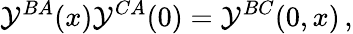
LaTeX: {\cal Y}^{BA}(x){\cal Y}^{CA}(0)={\cal Y}^{BC}(0,x)\, ,